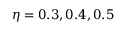
\eta = 0 . 3 , 0 . 4 , 0 . 5